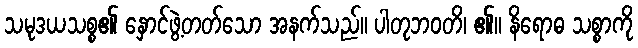
သမုဒယသစ္စ၏ နှောင်ဖွဲ့တတ်သော အနက်သည်။ ပါတုဘဝတိ၊ ၏။ နိရောဓ သစ္စာကို